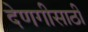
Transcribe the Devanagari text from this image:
देणगीसाठी